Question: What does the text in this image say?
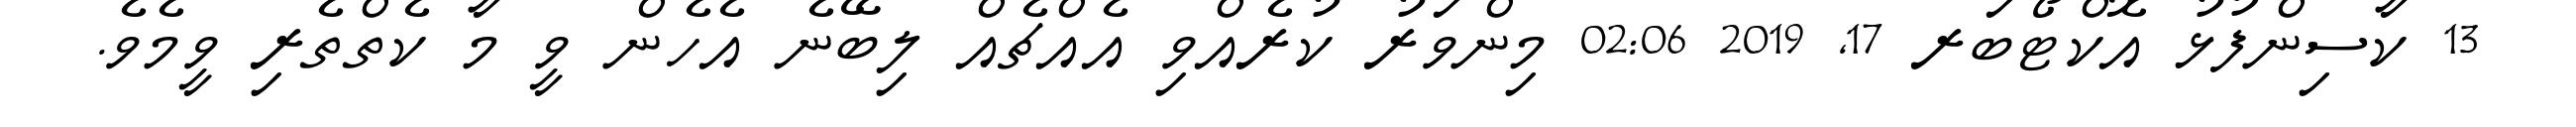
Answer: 13 ކާސިންފުޅު އޮކްޓޯބަރ 17, 2019 02:06 މިންވަރު ކުރެއްވި އެއްޗެއް ލިބޭނެ އެހެން ވީ މާ ކެތްތެރި ވީމެވެ.